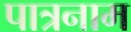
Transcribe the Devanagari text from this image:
पात्रनाम